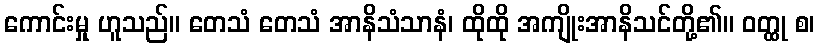
ကောင်းမှု ဟူသည်။ တေသံ တေသံ အာနိသံသာနံ၊ ထိုထို အကျိုးအာနိသင်တို့၏။ ဝတ္ထု စ၊